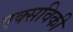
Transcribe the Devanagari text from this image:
एक्सविकी